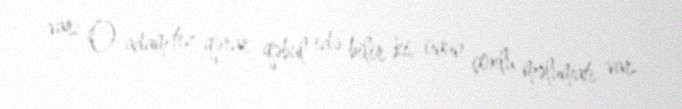
var: O adam tez qərar qəbul edə bilir ki, onun çoxlu məlumatı var.